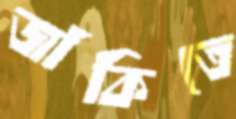
জাঁকিতে